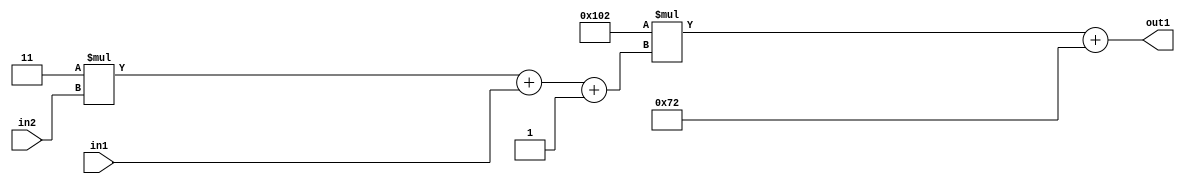
`timescale 1ps / 1ps
/*****************************************************************************
    Verilog RTL Description
    
    
    Created by: Stratus DpOpt 2019.1.01 
*******************************************************************************/

module DC_Filter_Add2i114Mul2i258Add3i1u1Mul2i3u2_1 (
	in2,
	in1,
	out1
	); /* architecture "behavioural" */ 
input [1:0] in2;
input  in1;
output [11:0] out1;
wire [11:0] asc001;
wire [3:0] asc002;

wire [3:0] asc002_tmp_0;
wire [3:0] asc002_tmp_1;
assign asc002_tmp_1 = 
	+(4'B0011 * in2);
assign asc002_tmp_0 = asc002_tmp_1
	+(in1);
assign asc002 = asc002_tmp_0
	+(4'B0001);

wire [11:0] asc001_tmp_2;
assign asc001_tmp_2 = 
	+(12'B000100000010 * asc002);
assign asc001 = asc001_tmp_2
	+(12'B000001110010);

assign out1 = asc001;
endmodule

/* CADENCE  vrTwTgk= : u9/ySgnWtBlWxVPRXgAZ4Og= ** DO NOT EDIT THIS LINE ******/